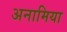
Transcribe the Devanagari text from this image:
अनामिया